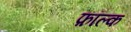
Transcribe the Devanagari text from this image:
फ़ॉल्क